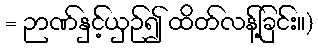
= ဉာဏ်နှင့်ယှဉ်၍ ထိတ်လန့်ခြင်း။)